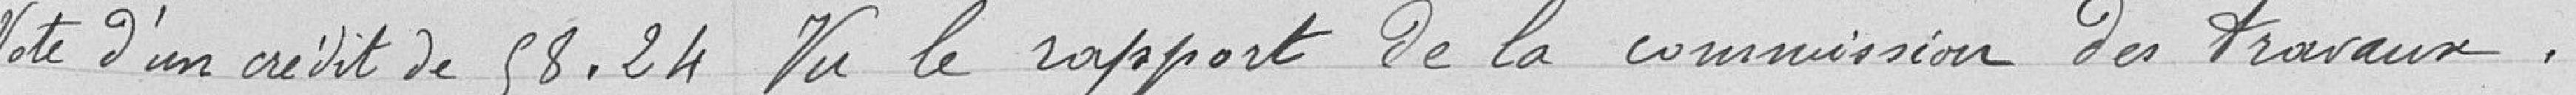
Vote d'un crédit de 58.24 - Vu le rapport de la Commission des travaux,